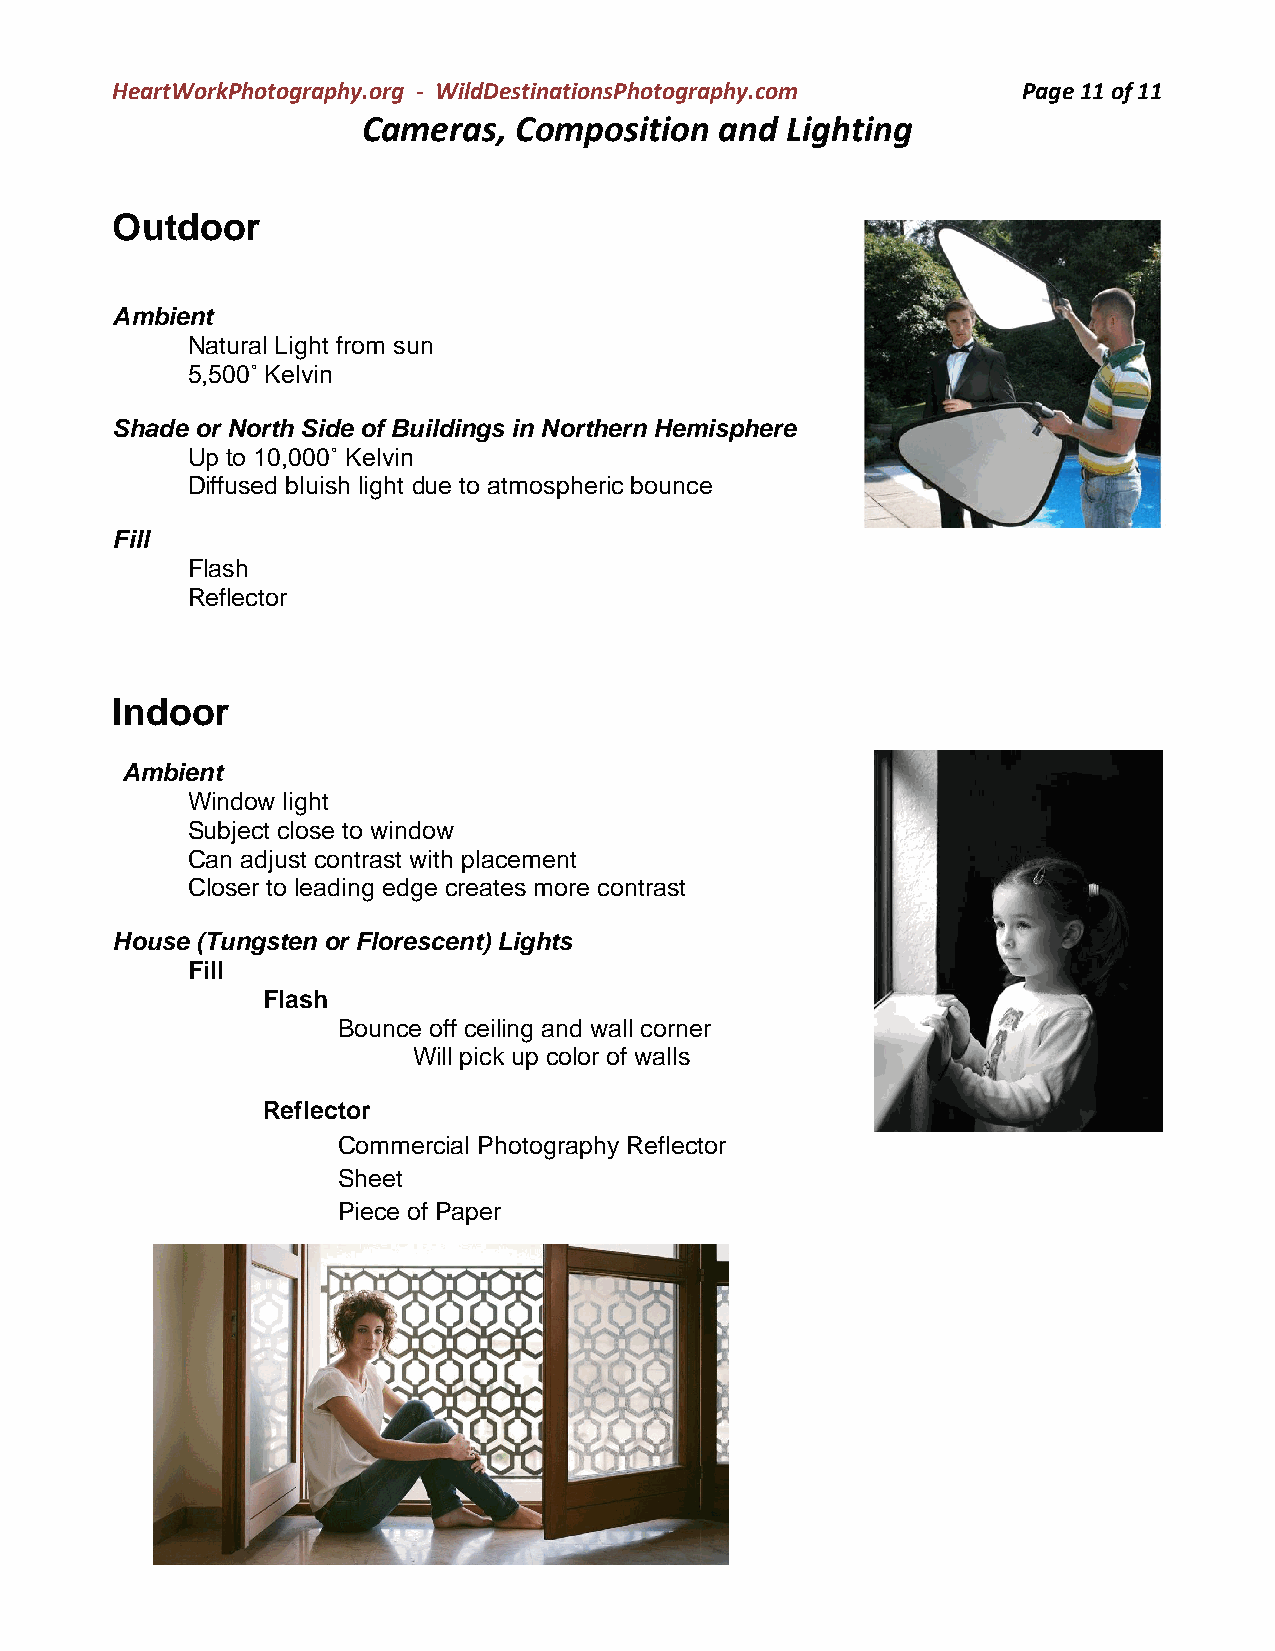
HeartWorkPhotography.org - WildDestinationsPhotography.com   Page 11 of 11
 Cameras,  Composition   and Lighting
 Outdoor
 Ambient
 Natural Light from sun
 5,500˚ Kelvin
 Shade or North Side of Buildings in Northern Hemisphere
 Up to 10,000˚ Kelvin
 Diffused bluish light due to atmospheric bounce
 Fill
 Flash
 Reflector
 Indoor
 Ambient
 Window light
 Subject close to window
 Can adjust contrast with placement
 Closer to leading edge creates more contrast
 House (Tungsten or Florescent) Lights
 Fill
 Flash
 Bounce off ceiling and wall corner
 Will pick up color of walls
 Reflector
 Commercial Photography Reflector
 Sheet
 Piece of Paper